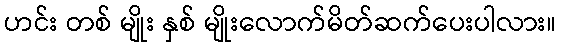
ဟင်း တစ် မျိုး နှစ် မျိုးလောက်မိတ်ဆက်ပေးပါလား။